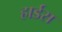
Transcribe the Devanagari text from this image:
हार्डस